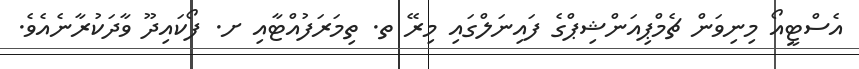
އެސްޓީއޯ މިނިވަން ޗެމްޕިއަންޝިޕްގެ ފައިނަލްގައި މިރޭ ތ. ތިމަރަފުއްޓާއި ށ. ފޯކައިދޫ ވާދަކުރާނެއެވެ.